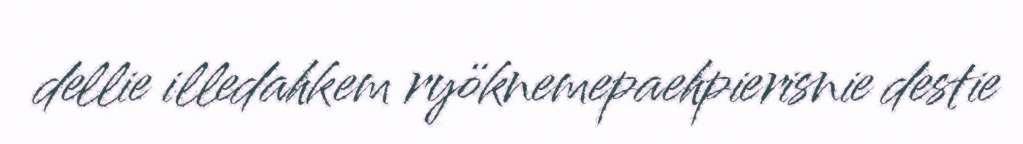
dellie illedahkem ryöknemepaehpierisnie destie